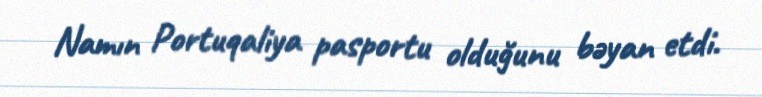
Namın Portuqaliya pasportu olduğunu bəyan etdi.